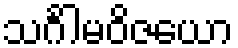
သင်္ဂါမဝိဇယော